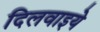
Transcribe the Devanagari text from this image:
दिलवाइये